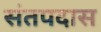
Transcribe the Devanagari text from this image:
संतपदास